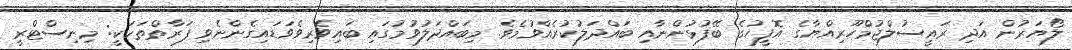
ލޯޔަރުން އަދި ރައީސުލްޖުމްހޫރިއްޔާގެ އޮފީހުގެ ބޭފުޅުންނާއި ބައްދަލުކުރެއްވުމެވެ. މިބައްދަލުވުމުގައި ބައިވެރިވެވަޑައިގެންނެވި ފަރާތްތަކަކީ: މިނިސްޓްރީ